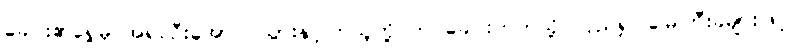
ခေါင်း၏ရှေ့မှ အရင်ဦးအောင် သွားနှင့်ကြသူတို့ က ခေါင်းဘက်သို့ လှည်၍ မြေကြီးခဲများဖြင့်